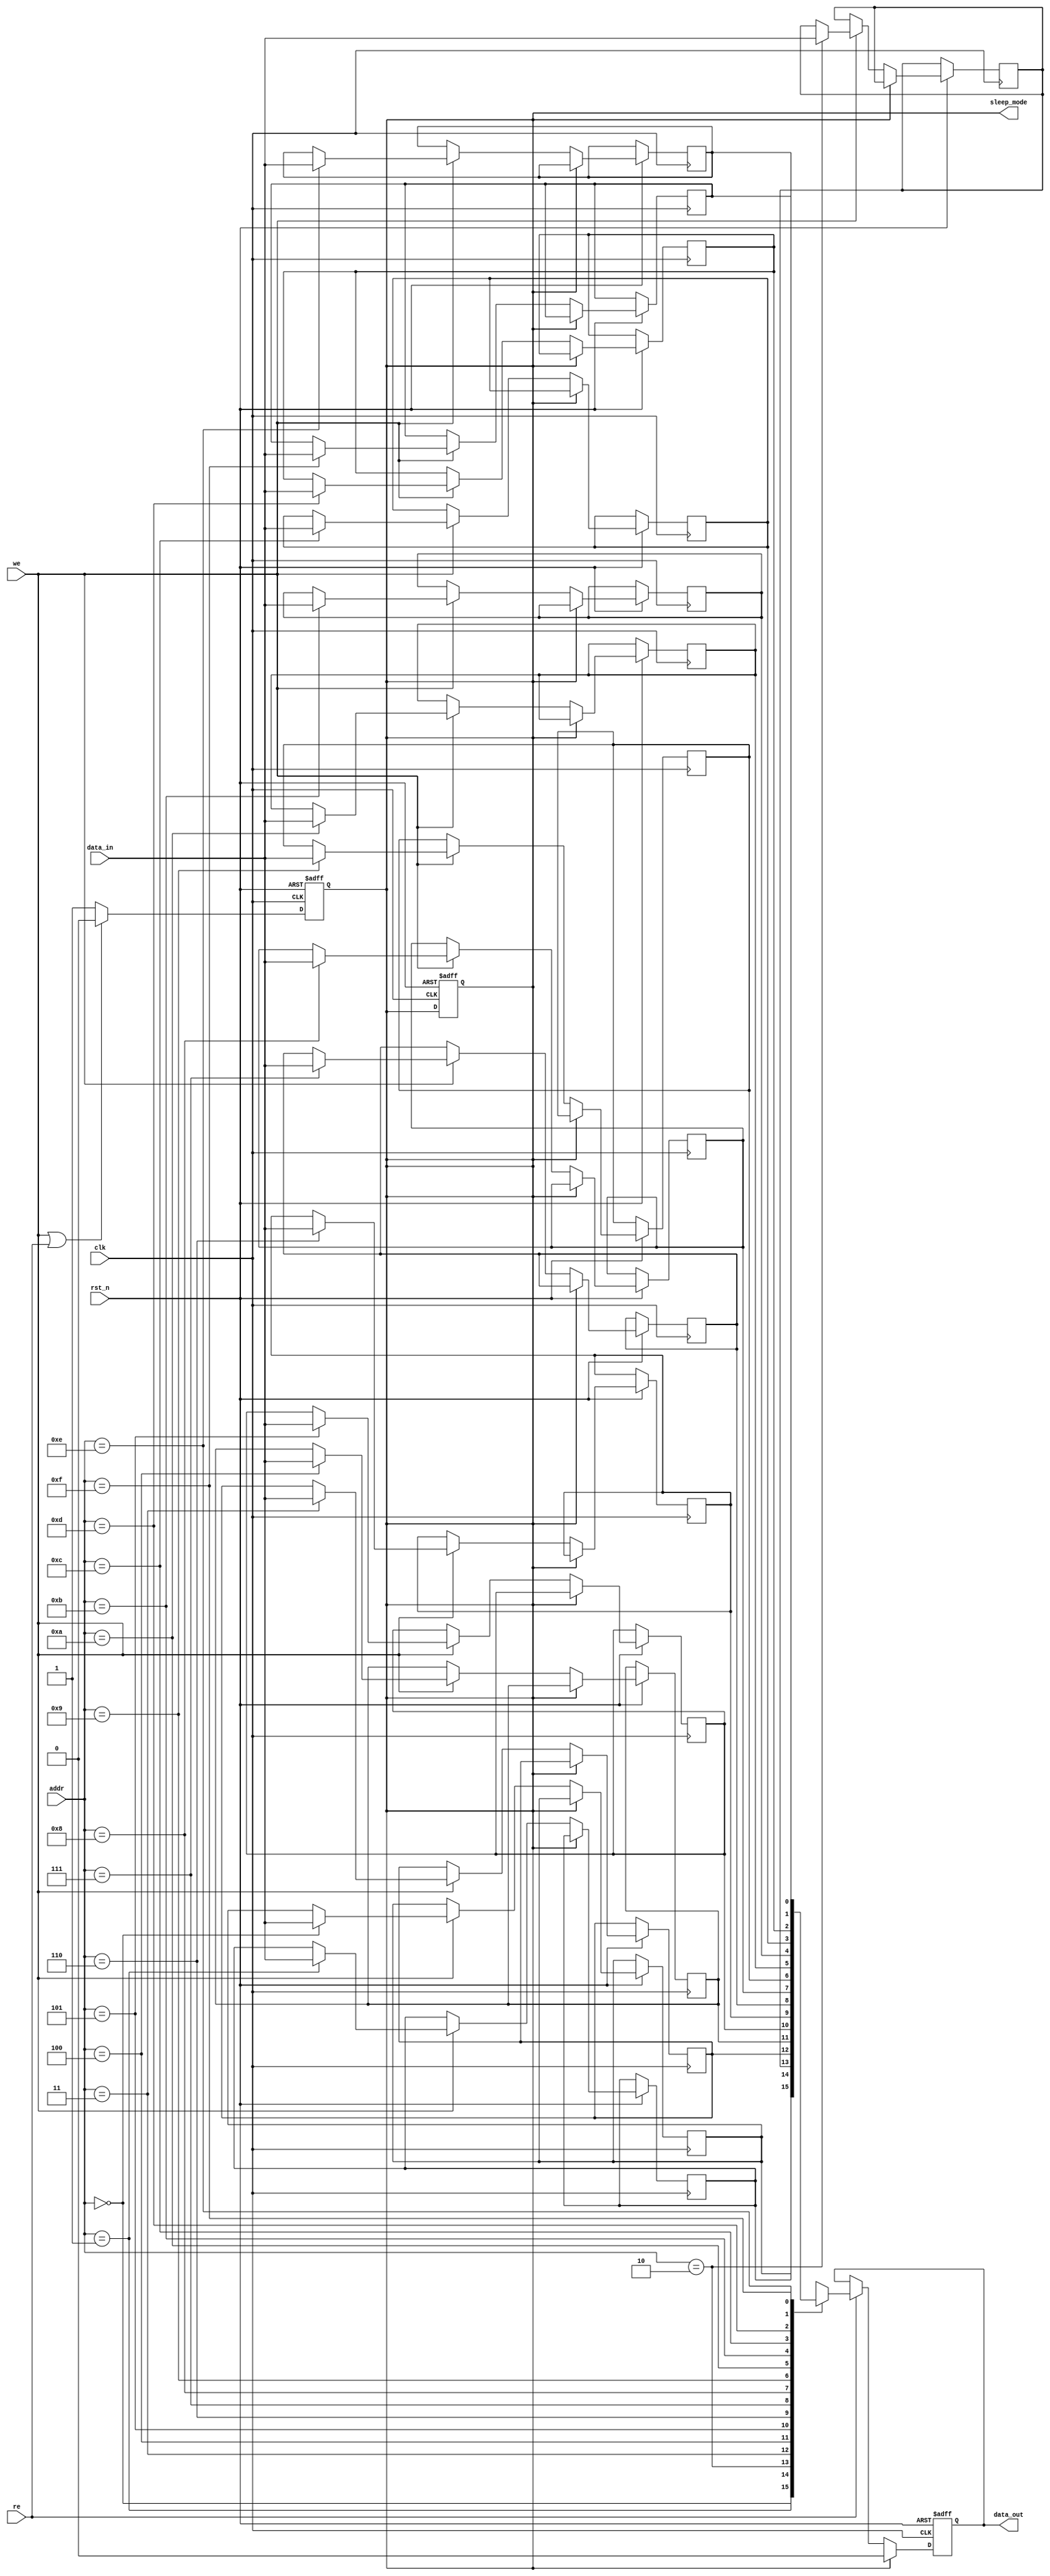
module low_power_sram #(
    parameter ADDR_WIDTH = 4, // Address width (4 bits for 16x1 SRAM)
    parameter DATA_WIDTH = 1   // Data width (1 bit)
)(
    input wire clk,                // Global clock
    input wire rst_n,              // Active low reset
    input wire [ADDR_WIDTH-1:0] addr, // Address input
    input wire [DATA_WIDTH-1:0] data_in, // Data input
    input wire we,                 // Write enable
    input wire re,                 // Read enable
    output reg [DATA_WIDTH-1:0] data_out, // Data output
    output reg sleep_mode          // Sleep mode control
);

    // Memory array (16x1 SRAM)
    reg [DATA_WIDTH-1:0] memory [(1<<ADDR_WIDTH)-1:0];

    // Address decoder
    wire [ADDR_WIDTH-1:0] decoded_addr;
    assign decoded_addr = addr;

    // Read and Write operations
    always @(posedge clk or negedge rst_n) begin
        if (!rst_n) begin
            data_out <= 0;
            sleep_mode <= 1; // Start in sleep mode
        end else begin
            if (sleep_mode) begin
                // In sleep mode, ignore read/write
                data_out <= 0;
            end else begin
                if (we) begin
                    // Write operation
                    memory[decoded_addr] <= data_in;
                end
                if (re) begin
                    // Read operation
                    data_out <= memory[decoded_addr];
                end
            end
        end
    end

    // Power management: Control sleep mode
    always @(posedge clk or negedge rst_n) begin
        if (!rst_n) begin
            sleep_mode <= 1; // Reset to sleep mode
        end else if (we || re) begin
            sleep_mode <= 0; // Exit sleep mode on read/write
        end else begin
            sleep_mode <= 1; // Enter sleep mode if idle
        end
    end

endmodule